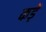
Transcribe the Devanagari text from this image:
कड़ें